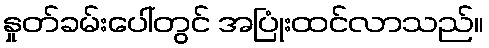
နှုတ်ခမ်းပေါ်တွင် အပြုံးထင်လာသည်။